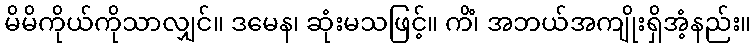
မိမိကိုယ်ကိုသာလျှင်။ ဒမေန၊ ဆုံးမသဖြင့်။ ကိံ၊ အဘယ်အကျိုးရှိအံ့နည်း။